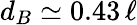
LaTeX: d_{B}\simeq 0.43\, \ell